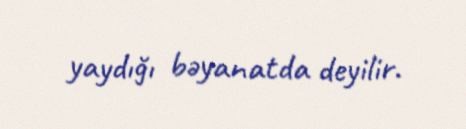
yaydığı bəyanatda deyilir.